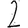
Digit: 2